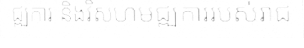
ជ្ឍការ និងវិសហមជ្ឍការរបស់រាជ